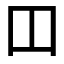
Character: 𫩏